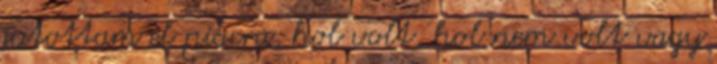
jutottam el piacra, hol volt, hol nem volt vagy